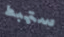
ستهبط